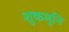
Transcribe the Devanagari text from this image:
शुकमुनि